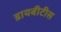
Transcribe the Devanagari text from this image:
डायबीटीस